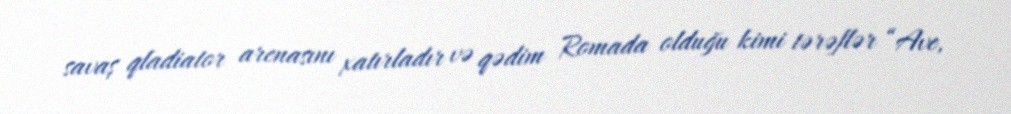
savaş qladiator arenasını xatırladır və qədim Romada olduğu kimi tərəflər “Ave,